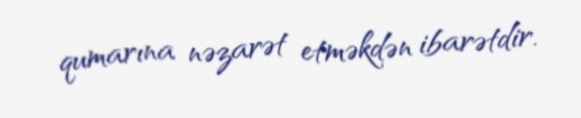
qumarına nəzarət etməkdən ibarətdir.